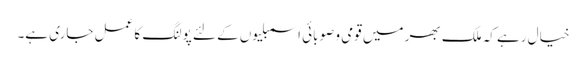
خیال رہے کہ ملک بھر میں قومی و صوبائی اسمبلیوں کے لئے پولنگ کا عمل جاری ہے۔